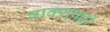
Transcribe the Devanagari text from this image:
वाक्यपदों